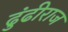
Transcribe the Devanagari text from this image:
ढुंढीराज